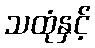
သထုံနှင့်